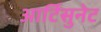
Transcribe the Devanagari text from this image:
आर्टिसुनेट